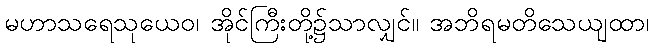
မဟာသရေသုယေဝ၊ အိုင်ကြီးတို့၌သာလျှင်။ အဘိရမတိသေယျထာ၊